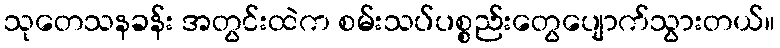
သုတေသနခန်း အတွင်းထဲက စမ်းသပ်ပစ္စည်းတွေပျောက်သွားတယ်။